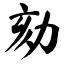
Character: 劾